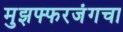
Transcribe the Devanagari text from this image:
मुझफ्फरजंगचा